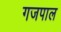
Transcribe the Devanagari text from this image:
गजपाल